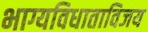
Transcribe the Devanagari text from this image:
भाग्यविधाताविजय